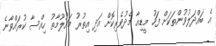
އެ ބައްދަލުވުންތަކަށް ފަހު މީޑިއާ މެދުވެރިކޮށް އަދި އިތުރު މައުލޫމާތު ހިއްސާ ކުރައްވާނެ